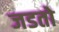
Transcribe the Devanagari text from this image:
जडतो